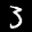
Label: 3